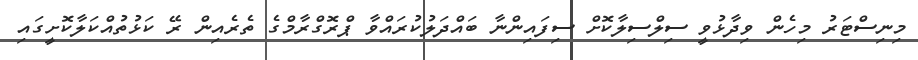
މިނިސްޓަރު މިހެން ވިދާޅުވީ ސިލްސިލާކޮށް ސިފައިންނާ ބައްދަލުކުރައްވާ ޕްރޮގްރާމްގެ ތެރެއިން ރޭ ކަޅުތުއްކަލާކޮށީގައި